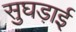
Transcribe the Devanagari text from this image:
सुघड़ाई